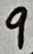
Text: 9